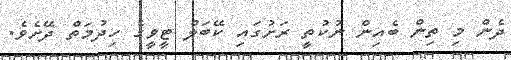
ދެން މި ތިން ބެއިން ނުކުތީ ރަށުގައި ކޭބަލް ޓީވީގެ ހިދުމަތް ދޭށެވެ.